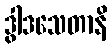
ဒွါဒသေတာနိ